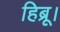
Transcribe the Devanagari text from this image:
हिब्रू।